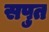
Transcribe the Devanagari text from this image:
सपुत